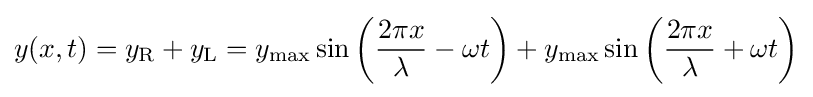
y(x,t)=y_{\text{R}}+y_{\text{L}}=y_{\text{max}}\sin \left({2\pi x \over \lambda }-\omega t\right)+y_{\text{max}}\sin \left({2\pi x \over \lambda }+\omega t\right)